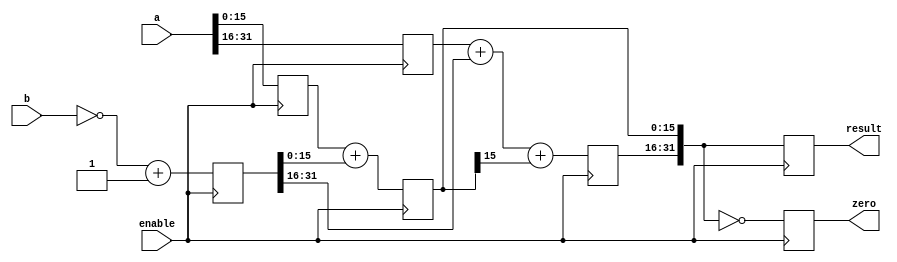
`timescale 1ns / 1ps
//////////////////////////////////////////////////////////////////////////////////
// Company: 
// Engineer: 
// 
// Design Name: 
// Module Name: SUB
// Project Name: 
// Target Devices: 
// Tool Versions: 
// Description: 
// 
// Dependencies: 
// 
// Revision:
// Revision 0.01 - File Created
// Additional Comments:
// 
//////////////////////////////////////////////////////////////////////////////////
module SUB(     //
  input [31:0] a, b,
  input enable,
  output reg [31:0] result,
  output reg zero
);

  reg [31:0] neg_b;
  reg [31:0] temp;
  reg [15:0] a_15_0, b_15_0;
  reg [15:0] a_31_16, b_31_16;

  always @(posedge enable) begin
    // ab1616
    a_15_0 <= a[15:0];
    b_15_0 <= b[15:0];
    a_31_16 <= a[31:16];
    b_31_16 <= b[31:16];
    // b
    neg_b <= ~b + 1;
  end

  always @(posedge enable) begin
    // 16
    temp[15:0] <= a_15_0 + neg_b[15:0];
  end

  always @(posedge enable) begin
    // 16
    temp[31:16] <= a_31_16 + neg_b[31:16] + (temp[15] == 1);
    result <= temp; // 
    zero <= (temp == 0); // 0
  end

endmodule